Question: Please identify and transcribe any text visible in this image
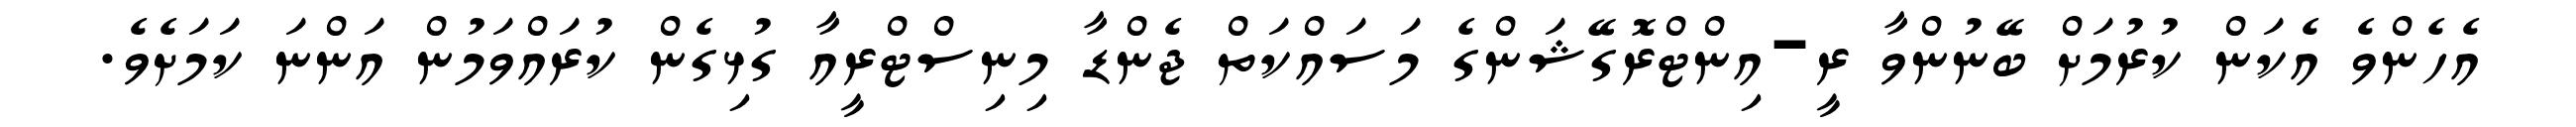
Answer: އެހެންވެ އެކަން ކުރުމަށް ބޭނުންވާ ރީ-އިންޓްރޮގޭޝަންގެ މަސައްކަތް ޖެންޑާ މިނިސްޓްރީއާ ގުޅިގެން ކުރައްވަމުން އަންނަ ކަމަށެވެ.